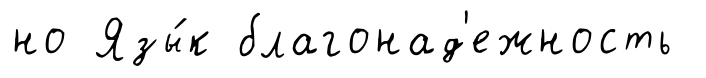
но Язы́к благонад'ежность